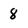
Character: 8